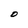
Character: D